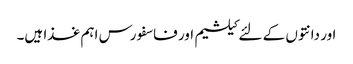
اور دانتوں کے لئے کیلشیم اور فاسفورس اہم غذا ہیں۔